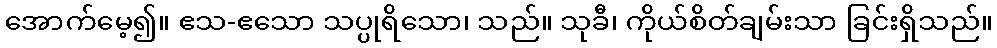
အောက်မေ့၍။ ဧသ-ဧသော သပ္ပုရိသော၊ သည်။ သုခီ၊ ကိုယ်စိတ်ချမ်းသာ ခြင်းရှိသည်။